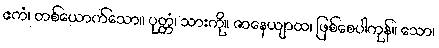
ဧကံ၊ တစ်ယောက်သော။ ပုတ္တံ၊ သားကို။ ဇာနေယျာထ၊ ဖြစ်စေပါကုန်။ သော၊